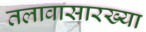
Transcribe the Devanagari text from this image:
तलावासारख्या